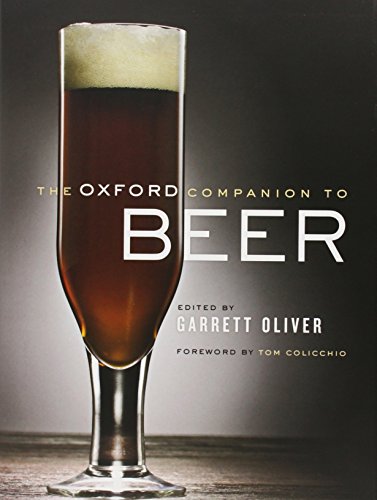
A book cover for The Oxford Companion to Beer; Cookbooks, Food & Wine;